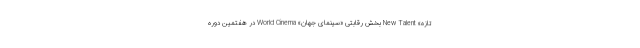
تازه» New Talent بخش رقابتی «سینمای جهان» World Cinema در هفتمین دوره